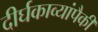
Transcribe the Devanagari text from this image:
दीर्घकाव्यांपैकी